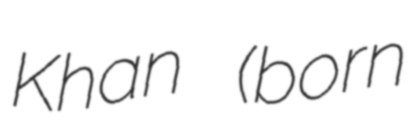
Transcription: Khan (born